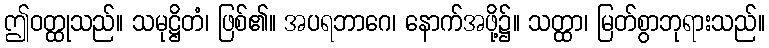
ဤဝတ္ထုသည်။ သမုဋ္ဌိတံ၊ ဖြစ်၏။ အပရဘာဂေ၊ နောက်အဖို့၌။ သတ္ထာ၊ မြတ်စွာဘုရားသည်။